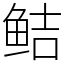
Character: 鲒